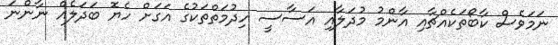
ނަމަވެސް ކާބޯތަކެއްޗާއި އާންމު މުދަލާއި އަސާސީ ހިދުމަތްތަކުގެ އަގަށް ހެޔޮ ބަދަލެއް ނާންނަ